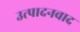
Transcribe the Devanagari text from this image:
उत्पादनवाद